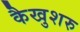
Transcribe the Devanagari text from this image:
कैखुशरु